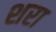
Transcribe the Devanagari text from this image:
शरा